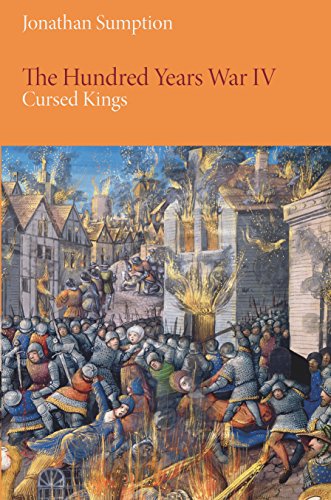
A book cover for The Hundred Years War, Volume 4: Cursed Kings (The Middle Ages Series); Jonathan Sumption; History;